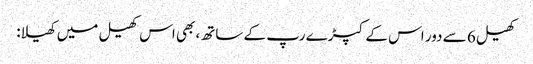
کھیل 6 سے دور اس کے کپڑے رپ کے ساتھ، بھی اس کھیل میں کھیلا: